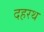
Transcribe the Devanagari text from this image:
दहरथ